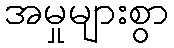
အမှုများစွာ